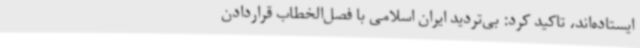
ایستاده‌اند، تاکید کرد: بی‌تردید ایران اسلامی با فصل‌الخطاب قراردادن